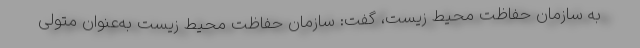
به سازمان حفاظت محیط زیست، گفت: سازمان حفاظت محیط زیست به‌عنوان متولی